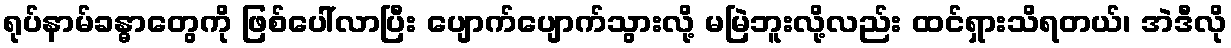
ရုပ်နာမ်ခန္ဓာတွေကို ဖြစ်ပေါ်လာပြီး ပျောက်ပျောက်သွားလို့ မမြဲဘူးလို့လည်း ထင်ရှားသိရတယ်၊ အဲဒီလို